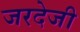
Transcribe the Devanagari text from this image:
जरदेजी